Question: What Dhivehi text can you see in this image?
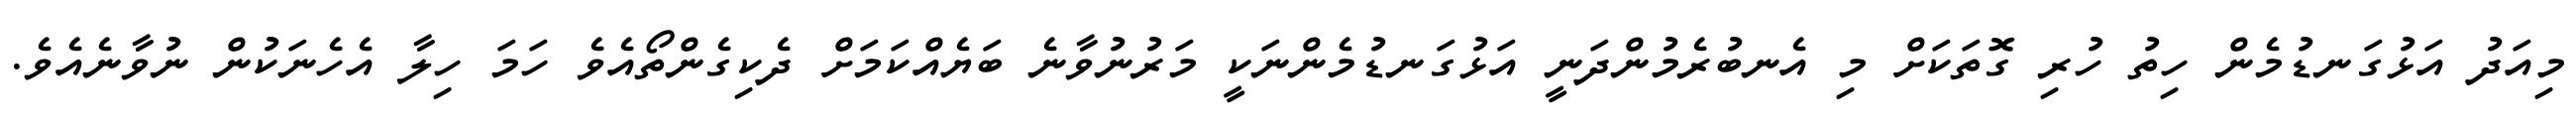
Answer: މިއަދު އަޅުގަނޑުމެން ހިތު ހުރި ގޮތަކަށް މި އެނބުރެމުންދަނީ އަޅުގަނޑުމެންނަކީ މަރުނުވާނެ ބަޔެއްކަމަށް ދެކިގެންތޯއެވެ ހަމަ ހިލާ އެހެނަކުން ނުވާނެއެވެ.